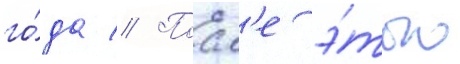
го́да // Посл'е э́того